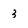
Character: 3